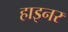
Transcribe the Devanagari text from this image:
हाइनर